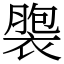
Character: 褜